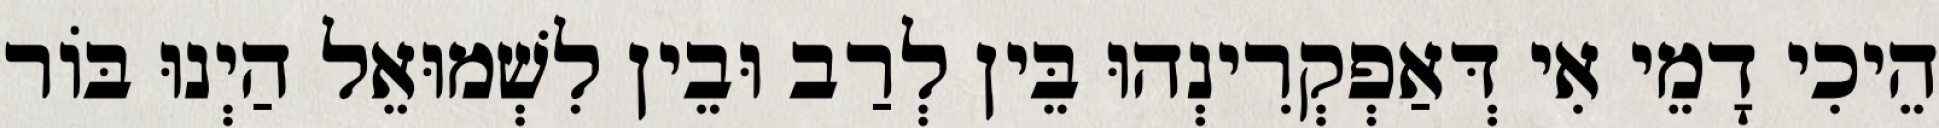
הֵיכִי דָמֵי אִי דְּאַפְקְרִינְהוּ בֵּין לְרַב וּבֵין לִשְׁמוּאֵל הַיְנוּ בּוֹר